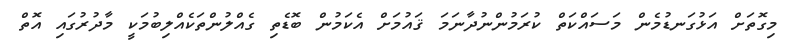
މިގޮތަށް އަޅުގަނޑުމެން މަސައްކަތް ކުރަމުންނުދާނަމަ ޤައުމަށް އެކަމުން ބޮޑެތި ގެއްލުންތަކެއްލިބުމަކީ މާދުރުގައި އޮތް